Civil Veterinary Department Bengal reports 1933-51 - 1933-1951
Year: 1933
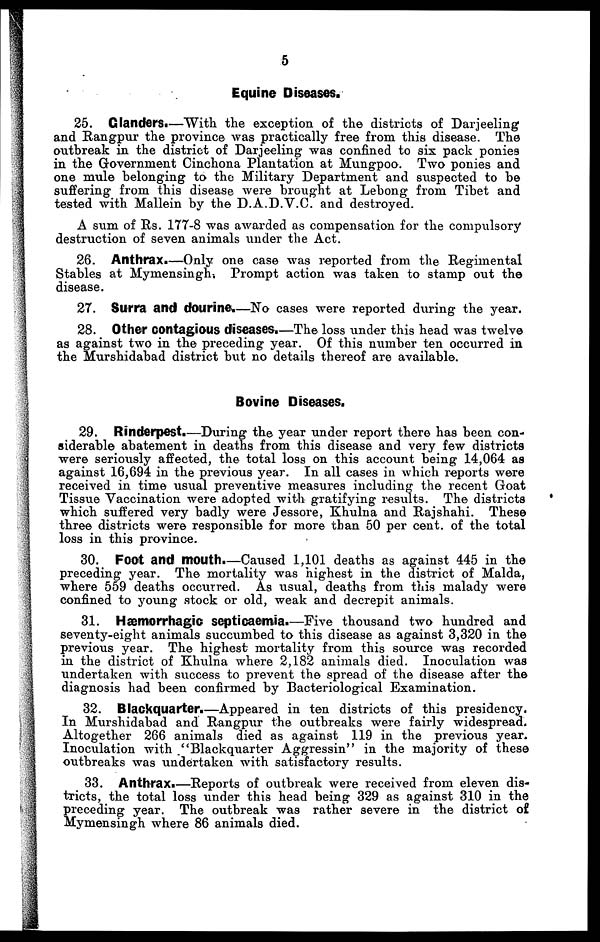
5
Equine Diseases.
25. Glanders.—With the exception of the districts of Darjeeling
and Rangpur the province was practically free from this disease. The
outbreak in the district of Darjeeling was confined to six pack ponies
in the Government Cinchona Plantation at Mungpoo. Two ponies and
one mule belonging to the Military Department and suspected to be
suffering from this disease were brought at Lebong from Tibet and
tested with Mallein by the D.A.D.V.C. and destroyed.
A sum of Rs. 177-8 was awarded as compensation for the compulsory
destruction of seven animals under the Act.
26. Anthrax.—Only one case was reported from the Regimental
Stables at Mymensingh, Prompt action was taken to stamp out the
disease.
27. Surra and dourine.—No cases were reported during the year.
28. Other contagious diseases.—The loss under this head was twelve
as against two in the preceding year. Of this number ten occurred in
the Murshidabad district but no details thereof are available.
Bovine Diseases.
29. Rinderpest.—During the year under report there has been con-
siderable abatement in deaths from this disease and very few districts
were seriously affected, the total loss on this account being 14,064 as
against 16,694 in the previous year. In all cases in which reports were
received in time usual preventive measures including the recent Goat
Tissue Vaccination were adopted with gratifying results. The districts
which suffered very badly were Jessore, Khulna and Rajshahi. These
three districts were responsible for more than 50 per cent. of the total
loss in this province.
30. Foot and mouth.—Caused 1,101 deaths as against 445 in the
preceding year. The mortality was highest in the district of Malda,
where 559 deaths occurred. As usual, deaths from this malady were
confined to young stock or old, weak and decrepit animals.
31. Hæmorrhagic septicaemia.—Five thousand two hundred and
seventy-eight animals succumbed to this disease as against 3,320 in the
previous year. The highest mortality from this source was recorded
in the district of Khulna where 2,182 animals died. Inoculation was
undertaken with success to prevent the spread of the disease after the
diagnosis had been confirmed by Bacteriological Examination.
32. Blackquarter.—Appeared in ten districts of this presidency.
In Murshidabad and Rangpur the outbreaks were fairly widespread.
Altogether 266 animals died as against 119 in the previous year.
Inoculation with "Blackquarter Aggressin" in the majority of these
outbreaks was undertaken with satisfactory results.
33. Anthrax.—Reports of outbreak were received from eleven dis-
tricts, the total loss under this head being 329 as against 310 in the
preceding year. The outbreak was rather severe in the district of
Mymensingh where 86 animals died.